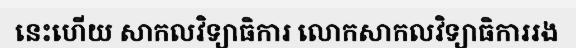
នេះហើយ សាកលវិទ្យាធិការ លោកសាកលវិទ្យាធិការរង